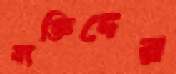
ব্যক্তিদের